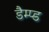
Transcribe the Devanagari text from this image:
डैम्प्ड